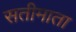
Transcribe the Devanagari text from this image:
सतीमाता